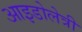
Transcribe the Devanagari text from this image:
आइडोलेत्री